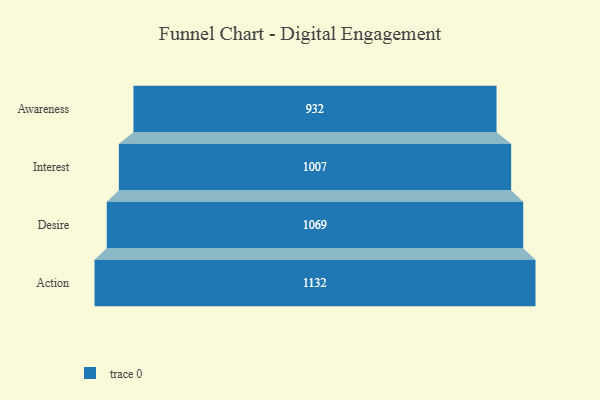
{"axis": {"x": "Stage", "y": "Value"}, "legend": [""], "data": [{"x": "Awareness", "y": 932.0, "type": ""}, {"x": "Interest", "y": 1007.0, "type": ""}, {"x": "Desire", "y": 1069.0, "type": ""}, {"x": "Action", "y": 1132.0, "type": ""}]}